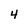
Character: 4